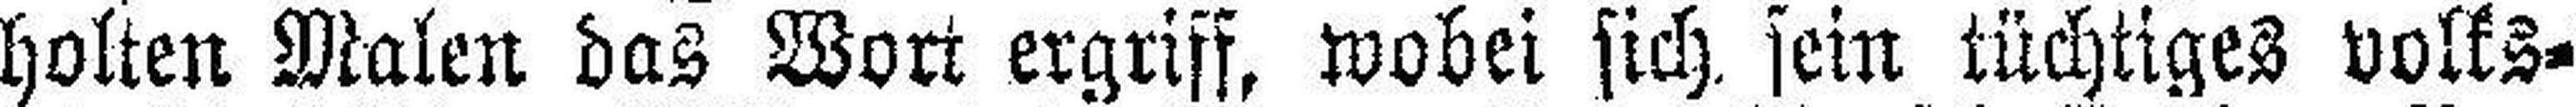
holten Malen das Wort ergriff, wobei sich sein tüchtiges volks¬